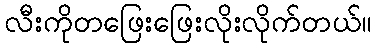
လီးကိုတဖြေးဖြေးလိုးလိုက်တယ်။